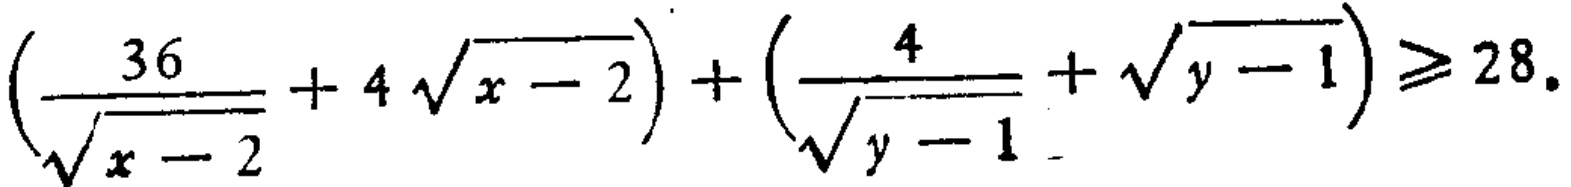
$\left(\frac{36}{\sqrt{x - 2}} + 4\sqrt{x - 2}\right)+\left(\frac{4}{\sqrt{y - 1}}+\sqrt{y - 1}\right)\geq 28.$